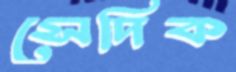
সেদিক